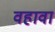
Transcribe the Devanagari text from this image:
वहावा